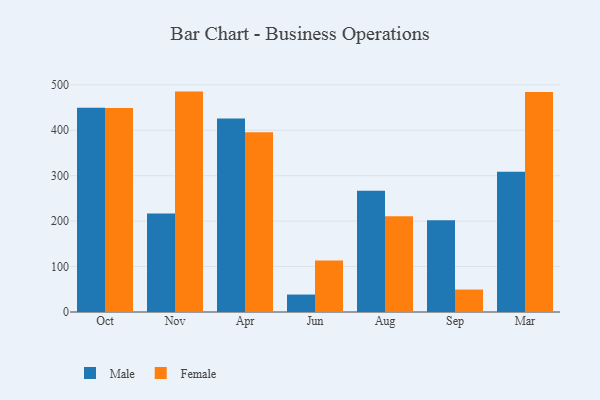
{"axis": {"x": "Month", "y": "Temperature (°C)"}, "legend": ["Female", "Male"], "data": [{"x": "Oct", "y": 449.7, "type": "Male"}, {"x": "Oct", "y": 448.9, "type": "Female"}, {"x": "Nov", "y": 216.8, "type": "Male"}, {"x": "Nov", "y": 485.1, "type": "Female"}, {"x": "Apr", "y": 425.7, "type": "Male"}, {"x": "Apr", "y": 395.5, "type": "Female"}, {"x": "Jun", "y": 38.4, "type": "Male"}, {"x": "Jun", "y": 113.6, "type": "Female"}, {"x": "Aug", "y": 266.6, "type": "Male"}, {"x": "Aug", "y": 211.0, "type": "Female"}, {"x": "Sep", "y": 202.2, "type": "Male"}, {"x": "Sep", "y": 49.4, "type": "Female"}, {"x": "Mar", "y": 308.5, "type": "Male"}, {"x": "Mar", "y": 484.1, "type": "Female"}]}